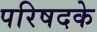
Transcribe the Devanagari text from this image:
परिषदके